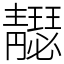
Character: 𩇣